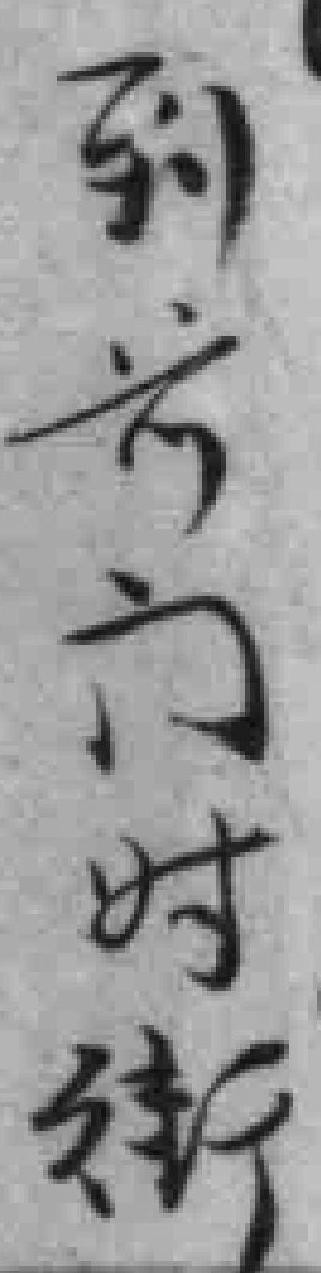
到前门时街